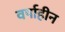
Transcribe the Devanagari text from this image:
वर्षाहीन